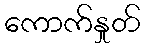
ကောက်နှုတ်